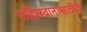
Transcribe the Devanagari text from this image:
पहिलवानांसाठीही